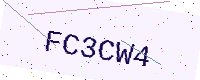
Text: FC3CW4